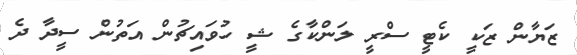
ޒަޔާން ޒަކީ ކެޓީ ސްރީ ލަންކާގެ ޝީ ހުވައިޗުން އަތުން ސީދާ ދެ